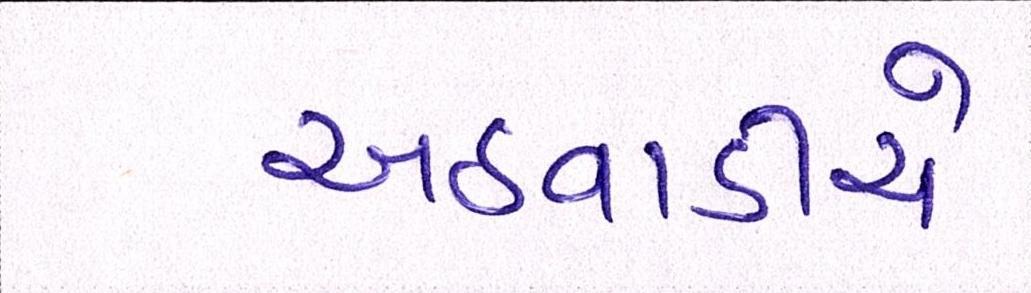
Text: અઠવાડીયે